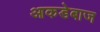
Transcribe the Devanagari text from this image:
आकडेबाज